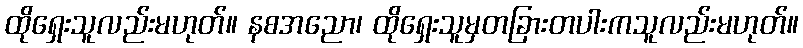
ထိုရှေးသူလည်းမဟုတ်။ နစအညော၊ ထိုရှေးသူမှတခြားတပါးကသူလည်းမဟုတ်။